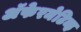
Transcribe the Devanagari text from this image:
अॅफेरमेटिव्ह